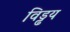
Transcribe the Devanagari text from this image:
विड्ढय